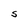
Character: S